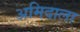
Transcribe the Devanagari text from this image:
अमिदाला